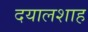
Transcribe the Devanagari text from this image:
दयालशाह